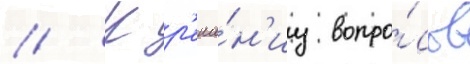
// К р'еше́н'иу вопро́сов